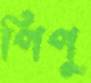
পিপু